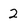
Character: 2